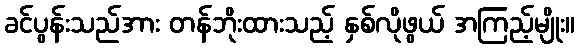
ခင်ပွန်းသည်အား တန်ဘိုးထားသည့် နှစ်လိုဖွယ် အကြည့်မျိုး။